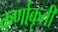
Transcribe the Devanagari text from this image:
कर्णाकृती